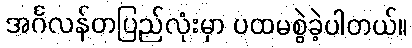
အင်္ဂလန်တပြည်လုံးမှာ ပထမစွဲခဲ့ပါတယ်။